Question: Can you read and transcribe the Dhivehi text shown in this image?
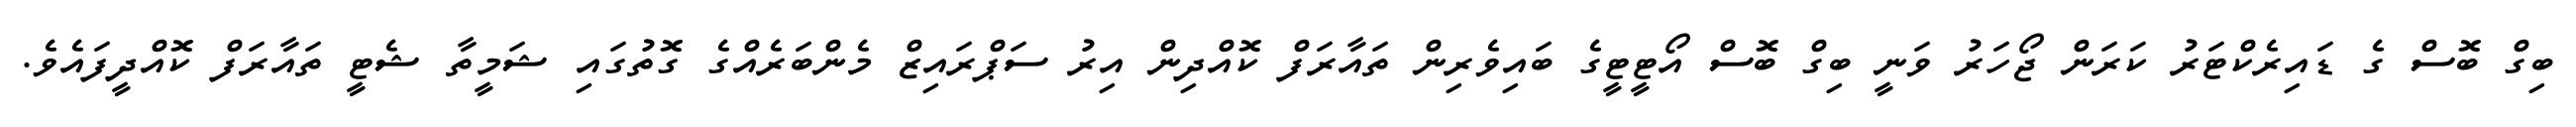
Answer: ބިގް ބޮސް ގެ ޑައިރެކްޓަރު ކަރަން ޖޯހަރު ވަނީ ބިގް ބޮސް އޯޓީޓީގެ ބައިވެރިން ތައާރަފް ކޮއްދިން އިރު ސަޕްރައިޒް މެންބަރެއްގެ ގޮތުގައި ޝަމީތާ ޝެޓީ ތައާރަފް ކޮއްދީފައެވެ.